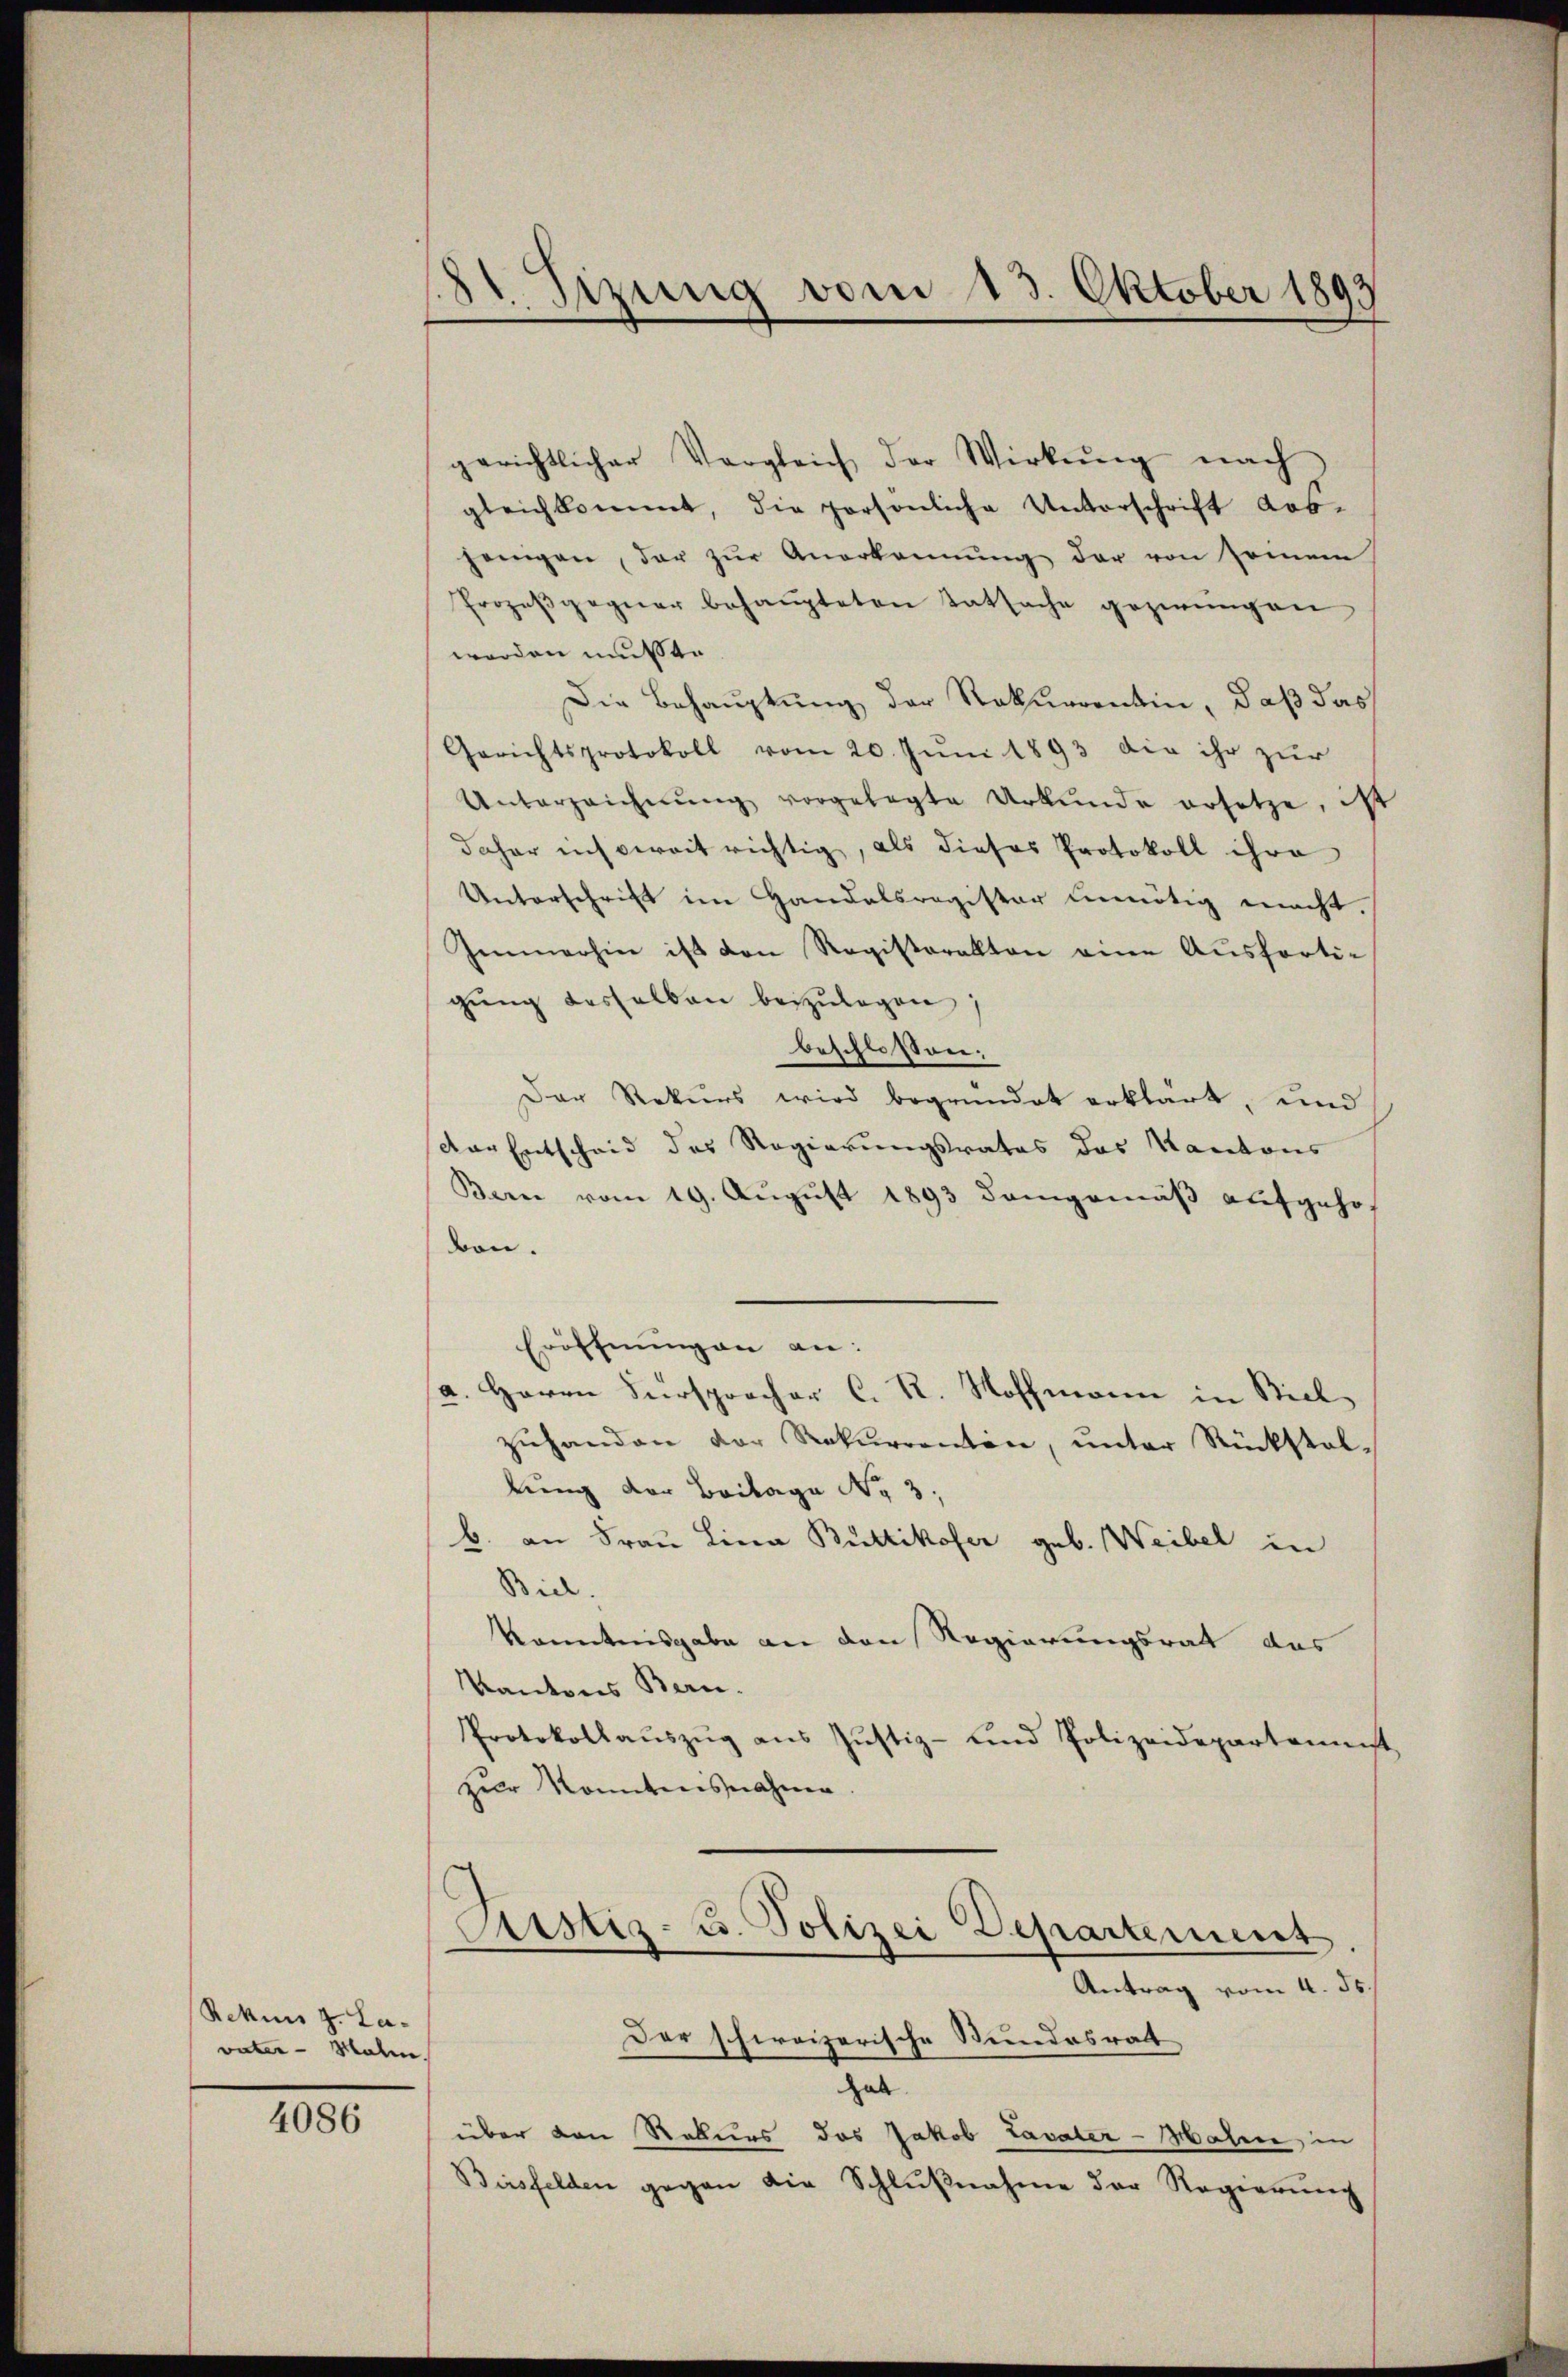
Rekurs z. La-
vater - Male

4086

21. Sizung vom 13. Oktober 1893

gerichtlicher Vergleich der Wirkŭng nach
gleichkommt, die persönliche Unterschrift los-
jenigen, der zŭr Anerkennung der von sommen
Prozeβgegner behaŭpteten Tatsache gezwungen
worden müsste
Die Behauptung der Rekurrentin, daß das
Gerichtsprotokoll vom 20. Jŭni 1893 die ihr zur
Unterzeichnŭng vorgelegte Urkŭnde ersetze, ist
daher mich verait richtig, als dieses Protokoll ihre
Unterschrift im Handelsregister unnötig macht.
Immerhin ist den Registrakten eine Ausfertigŭng desselben beizulegen,
beschlossen:
Der Rekurs wird begründet erklärt, und
der Entscheid des Regierungsrates das Kantons
Bern vom 19. Aŭgŭst 1893 demgemäβ aŭfgehobon.
Eröffnungen an
a. Herrn Fürsprocher C. R. Hoffmann in Stiel
zŭhanden vor Rekurrenton, ŭnter Rückstel-
lung der Beilage No 3:
b. an Frau Lina Büttikofer geb. Weibel in
Biel.
Kenntnisgabe an den Regierungsrat das
Kantons Bern.
Protokollaŭszŭg aŭs Jŭstiz- und Polizeidepartamenst
zur konntensnahme
Custiz- u. Polizei Departement
Antrag vom 4. ds.
Der schweizerische Stundesrath
hab
über den Rekurs das Jakob Lavater-Haben, in
Birsfelden gegen die Schlŭβnahme der Regierŭng